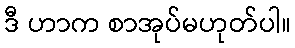
ဒီ ဟာက စာအုပ်မဟုတ်ပါ။